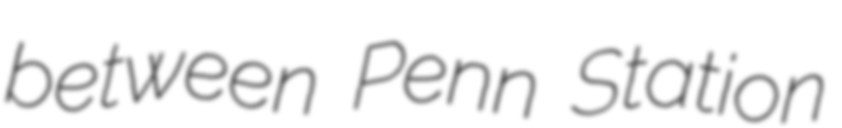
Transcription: between Penn Station